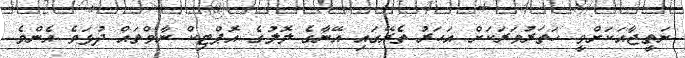
ނަތީޖާއަކަށްވީ ހަތަރުވަރަކަށް އަހަރު ތެރޭގައި އޭނާގެ ލޮލުގެ އޮޕްޓިކް ނާވްތައް ދުޅަވެ އެންމެ